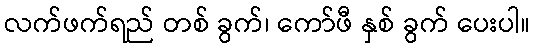
လက်ဖက်ရည် တစ် ခွက်၊ ကော်ဖီ နှစ် ခွက် ပေးပါ။